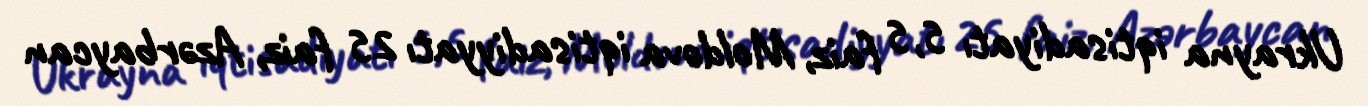
Ukrayna iqtisadiyatı 5,5 faiz, Moldova iqtisadiyyatı 25 faiz, Azərbaycan